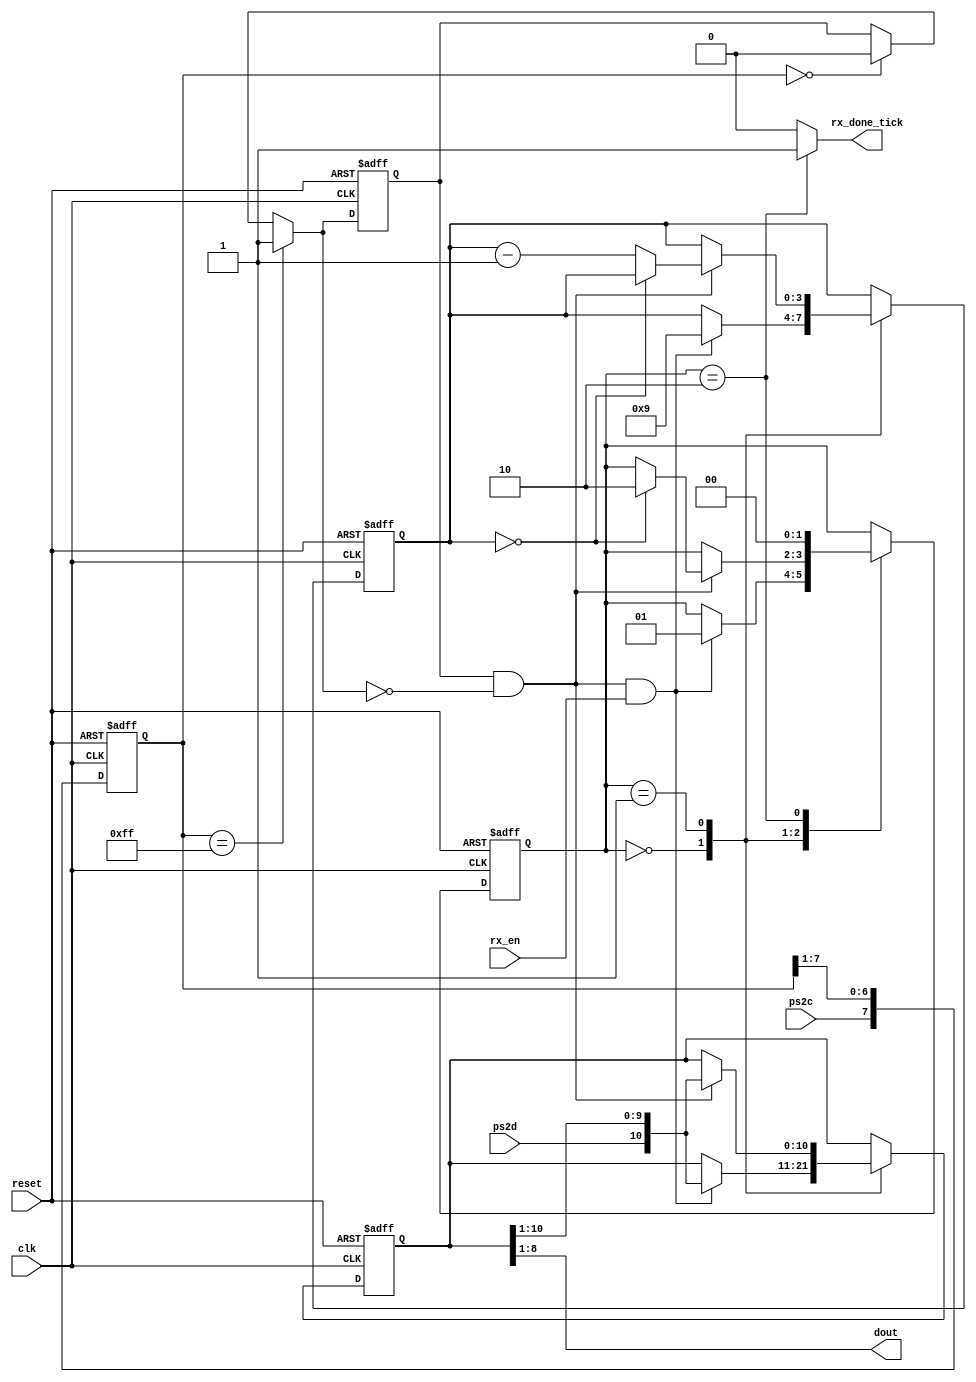
`timescale 1ns / 1ps
//////////////////////////////////////////////////////////////////////////////////
// Company: 
// Engineer: 
// 
// Design Name: 
// Module Name: Teclado
// Project Name: 
// Target Devices: 
// Tool Versions: 
// Description: 
// 
// Dependencies: 
// 
// Revision:
// Revision 0.01 - File Created
// Additional Comments: Los datos se transmiten en una secuencia en serie. Comienza con un bit de inicio, 
// seguido de 8 bits de datos y un bit de paridad impar, y finaliza con un bit de parada.la informacin del 
// reloj se transmite en una seal de reloj separada, ps2c. El borde descendente de la seal ps2c indica que 
// el bit correspondiente en la lnea ps2d es vlido y puede recuperarse. El perodo de reloj de la seal ps2c 
// est entre  10 kHz a 16,7 kHz, y la seal ps2d es estable al menos 5 ps antes y despus del borde descendente 
// de la seal ps2c
// 
//////////////////////////////////////////////////////////////////////////////////

// Puerto receptor PS2
module Teclado(
 input clk,reset,
 //*************************************************************************************************
 input ps2d,ps2c, rx_en, // ps2d: seal de datos/ ps2c: seal de reloj
 //  el borde descendente de la seal ps2c se utiliza como punto de referencia para recuperar datos.
 // Seal rx_en: El receptor incluye una seal de control adicional, rx-en, que se usa para habilitar
 // o deshabilitar la operacin de recepcin. El propsito de la seal es coordinar la operacin
 // bidireccional. Se puede establecer en 1 para la interfaz del teclado.
 //*************************************************************************************************
 output reg rx_done_tick, // Si detecta un flanco descendente se genera un tick de habilitacin
 output wire [7:0] dout
);

//***********************************************************************
//           Declaracin simblica de los estados de la FSM del receptor
//***********************************************************************
      localparam [1:0] 
      idle=2'b00, // Estado inactivo
      dps=2'b01 , //
      load=2'b10 ;
//***********************************************************************

// Declaracin de seales
      reg [1:0] state_reg, state_next; // registros para control de los estados
      reg [7:0] filter_reg; // registro actual para el filtrado de los datos
      wire [7:0] filter_next; // // registro siguiente para el filtrado de los datos
      reg f_ps2c_reg ;
      wire f_ps2c_next ;
      reg [3:0] n_reg , n_next ;
      reg [10:0] b_reg , b_next ;
      wire fall_edge ; // flanco descendente como punto de referencia para la recuperacin de los datos


//*************************************************************
// circuito de deteccin de flanco con circuito de filtrado
//*************************************************************
always @(posedge clk, posedge reset) // Siempre que se de un flanco de reloj positovo 
    if (reset) // si el reset est en alto
        begin
            filter_reg  <= 0; // inicializo el registro de filtrado 
            f_ps2c_reg <= 0;  // inicializo el registro de la seal de reloj ps2c
        end
    else begin                
            filter_reg<= filter_next;
            f_ps2c_reg<= f_ps2c_next;
        end
//****************************************************************************************
// El circuito est compuesto por un registro de desplazamiento de 8 bits y devuelve 1 o 0 
//cuando se reciben 1s o 0s consecutivos. Se ignorarn todas las fallas tcnicas de menos
// de ocho ciclos de reloj (es decir, filtradas). La seal de salida filtrada se alimenta 
//luego al circuito de deteccin de flanco descendente normal.
//*****************************************************************************************
assign filter_next = {ps2c, filter_reg[7:1]};
assign f_ps2c_next = (filter_reg==8'b11111111) ? 1'b1:
                     (filter_reg == 8'b00000000) ? 1'b0 :
                     f_ps2c_reg;

assign fall_edge = f_ps2c_reg & ~f_ps2c_next; 


//*******************************************************************
//                      Mquina de estados del receptor
//*******************************************************************
// FSMD state & data registers 

always @(posedge clk, posedge reset)
      if (reset) // si hay un reset se pasa al estado de inactivo
          begin
              state_reg <= idle;
              n_reg <= 0 ; // Por defecto se inicializan los registros con "0"
              b_reg <= 0 ;
          end
      else begin //de lo contrario se pasa al estado siguiente
              state_reg <= state_next ;
              n_reg <= n_next;
              b_reg <= b_next;
      end

// Lgica del estado siguiente de la FSMD

always @* begin
          state_next = state_reg;
          rx_done_tick = 1'b0; // se inicializa la bandera de deteccin de flanco descendente (recuperacin vlida de los datos)
          n_next = n_reg;
          b_next = b_reg;
      case (state_reg) 
      
      //********************************************
      //                Estado de inactivo
      //********************************************
      idle:
            if (fall_edge & rx_en) // Si se detecta un flanco descendete y la recepcin est habilitada
            begin
                // desplazamiento en el bit de inicio y luego pasa el estado dsp 
                b_next = { ps2d, b_reg [10:1]} ;
                n_next = 4'b1001;
                state_next = dps;
            end
            
      //****************************************************************************************************
      //*                                           DPS state                                              *
      //****************************************************************************************************
      //*Despus de afirmar el primer tic de borde decreciente y la seal rx-en,                           *
      //*el FSMD se desplaza en el bit de inicio y pasa al estado dps.                                     *
      //*Dado que los datos recibidos estn en formato fijo, cambiamos los 10 bits                         *
      //*restantes en un solo estado en lugar de utilizar datos separados, paridad y estados de detencin. *
      //****************************************************************************************************

      dps: // 8datu + Iparity + Istop
            if (fall_edge) begin 
                b_next = { ps2d , b_reg [10:1] };
                if (n_reg==0)
                    state_next = load;
                else
                    n_next = n_reg - 1 ;
            end
            
       //****************************************************************************************************
       //*                                           load state                                             *
       //****************************************************************************************************
       //*A continuacin, la FSMD pasa al estado de carga, en la que se proporciona un ciclo extra de reloj *
       //*para completar el desplazamiento del bit de parada, y la seal psrx-done-tick se confirma para un *
       //*ciclo de reloj.                                                                                    *
       //****************************************************************************************************                                                                              *

      load: // Iextra clock to complete the last
            begin
                  state_next = idle;
                  rx_done_tick = 1'b1 ;
            end
      endcase
end


// output

assign dout = b_reg[8:1]; // data bits


endmodule